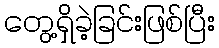
တွေ့ရှိခဲ့ခြင်းဖြစ်ပြီး